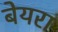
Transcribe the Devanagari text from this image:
बेयरा